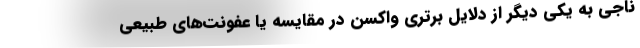
ناجی به یکی دیگر از دلایل برتری واکسن در مقایسه یا عفونت‌های طبیعی